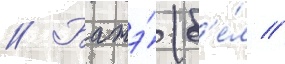
// Батэ́ (б'е́л //